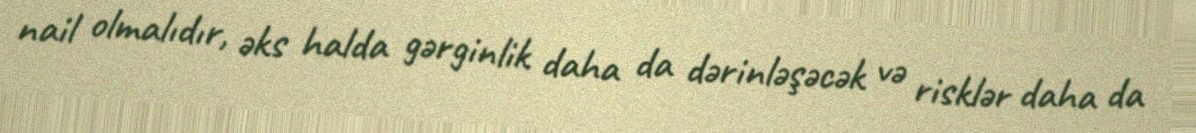
nail olmalıdır, əks halda gərginlik daha da dərinləşəcək və risklər daha da